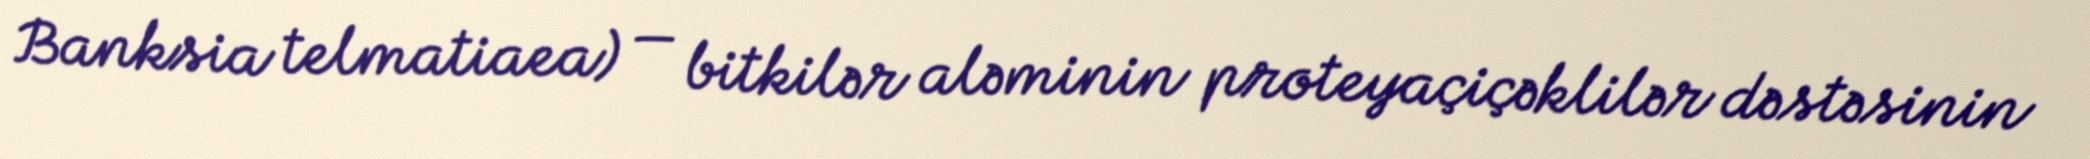
Banksia telmatiaea) — bitkilər aləminin proteyaçiçəklilər dəstəsinin